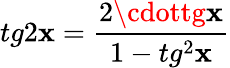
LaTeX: tg2\mathbf{x}=\frac{{2\cdottg\mathbf{x}}}{{1-tg^{2}\mathbf{x}}}